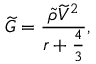
\widetilde { G } = \frac { \widetilde { \rho } \widetilde { V } ^ { 2 } } { r + \frac { 4 } { 3 } } ,